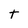
Character: t